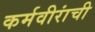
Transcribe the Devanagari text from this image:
कर्मवीरांची